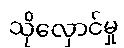
သိုလှောင်မှု